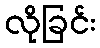
လိုခြင်း